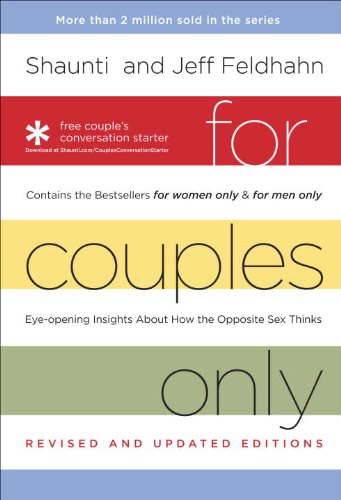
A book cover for For Couples Only: Eyeopening Insights about How the Opposite Sex Thinks; Shaunti Feldhahn; Christian Books & Bibles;